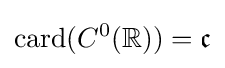
\mathrm {card} (C^{0}(\mathbb {R} ))={\mathfrak {c}}